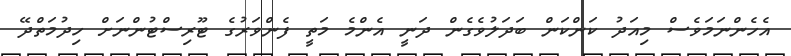
އެހެންނަމަވެސް މިއަދު ކަންކަން ބަދަލުވެގެން ދަނީ އެންމެ މަތީ ފެންވަރުގެ ޓޫރިސްޓުންނަށް ހިދުމަތްދޭ